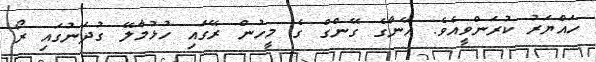
ހައްޔަރު ކުރަންވީއެވެ. އޭނާގެ ގޭންގް ގެ މީހުން ރޭގައި ހުޅުމާލޭ ގުދަނުގައި ރޯ